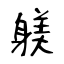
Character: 躾